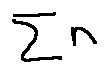
\sum n